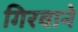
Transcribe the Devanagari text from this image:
गिरवाने